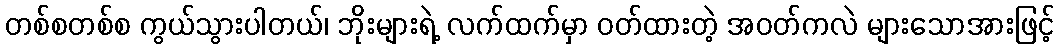
တစ်စတစ်စ ကွယ်သွားပါတယ်၊ ဘိုးများရဲ့ လက်ထက်မှာ ဝတ်ထားတဲ့ အဝတ်ကလဲ များသောအားဖြင့်